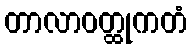
တာလာဝတ္ထုကတံ